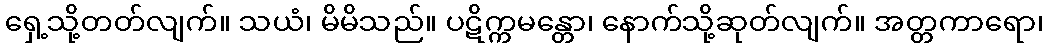
ရှေ့သို့တတ်လျက်။ သယံ၊ မိမိသည်။ ပဋိက္ကမန္တော၊ နောက်သို့ဆုတ်လျက်။ အတ္တကာရော၊